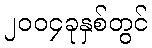
၂၀၀၄ခုနှစ်တွင်